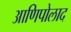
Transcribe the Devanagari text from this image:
आणिपोलाद